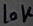
Text: 10K